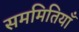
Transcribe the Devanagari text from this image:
सममितियाँ